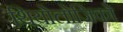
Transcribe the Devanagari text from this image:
थियोलोजिको